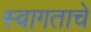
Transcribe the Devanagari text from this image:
स्वागताचे